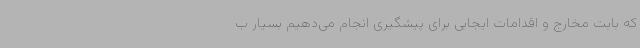
که بابت مخارج و اقدامات ایجابی برای پیشگیری انجام می‌دهیم بسیار ب